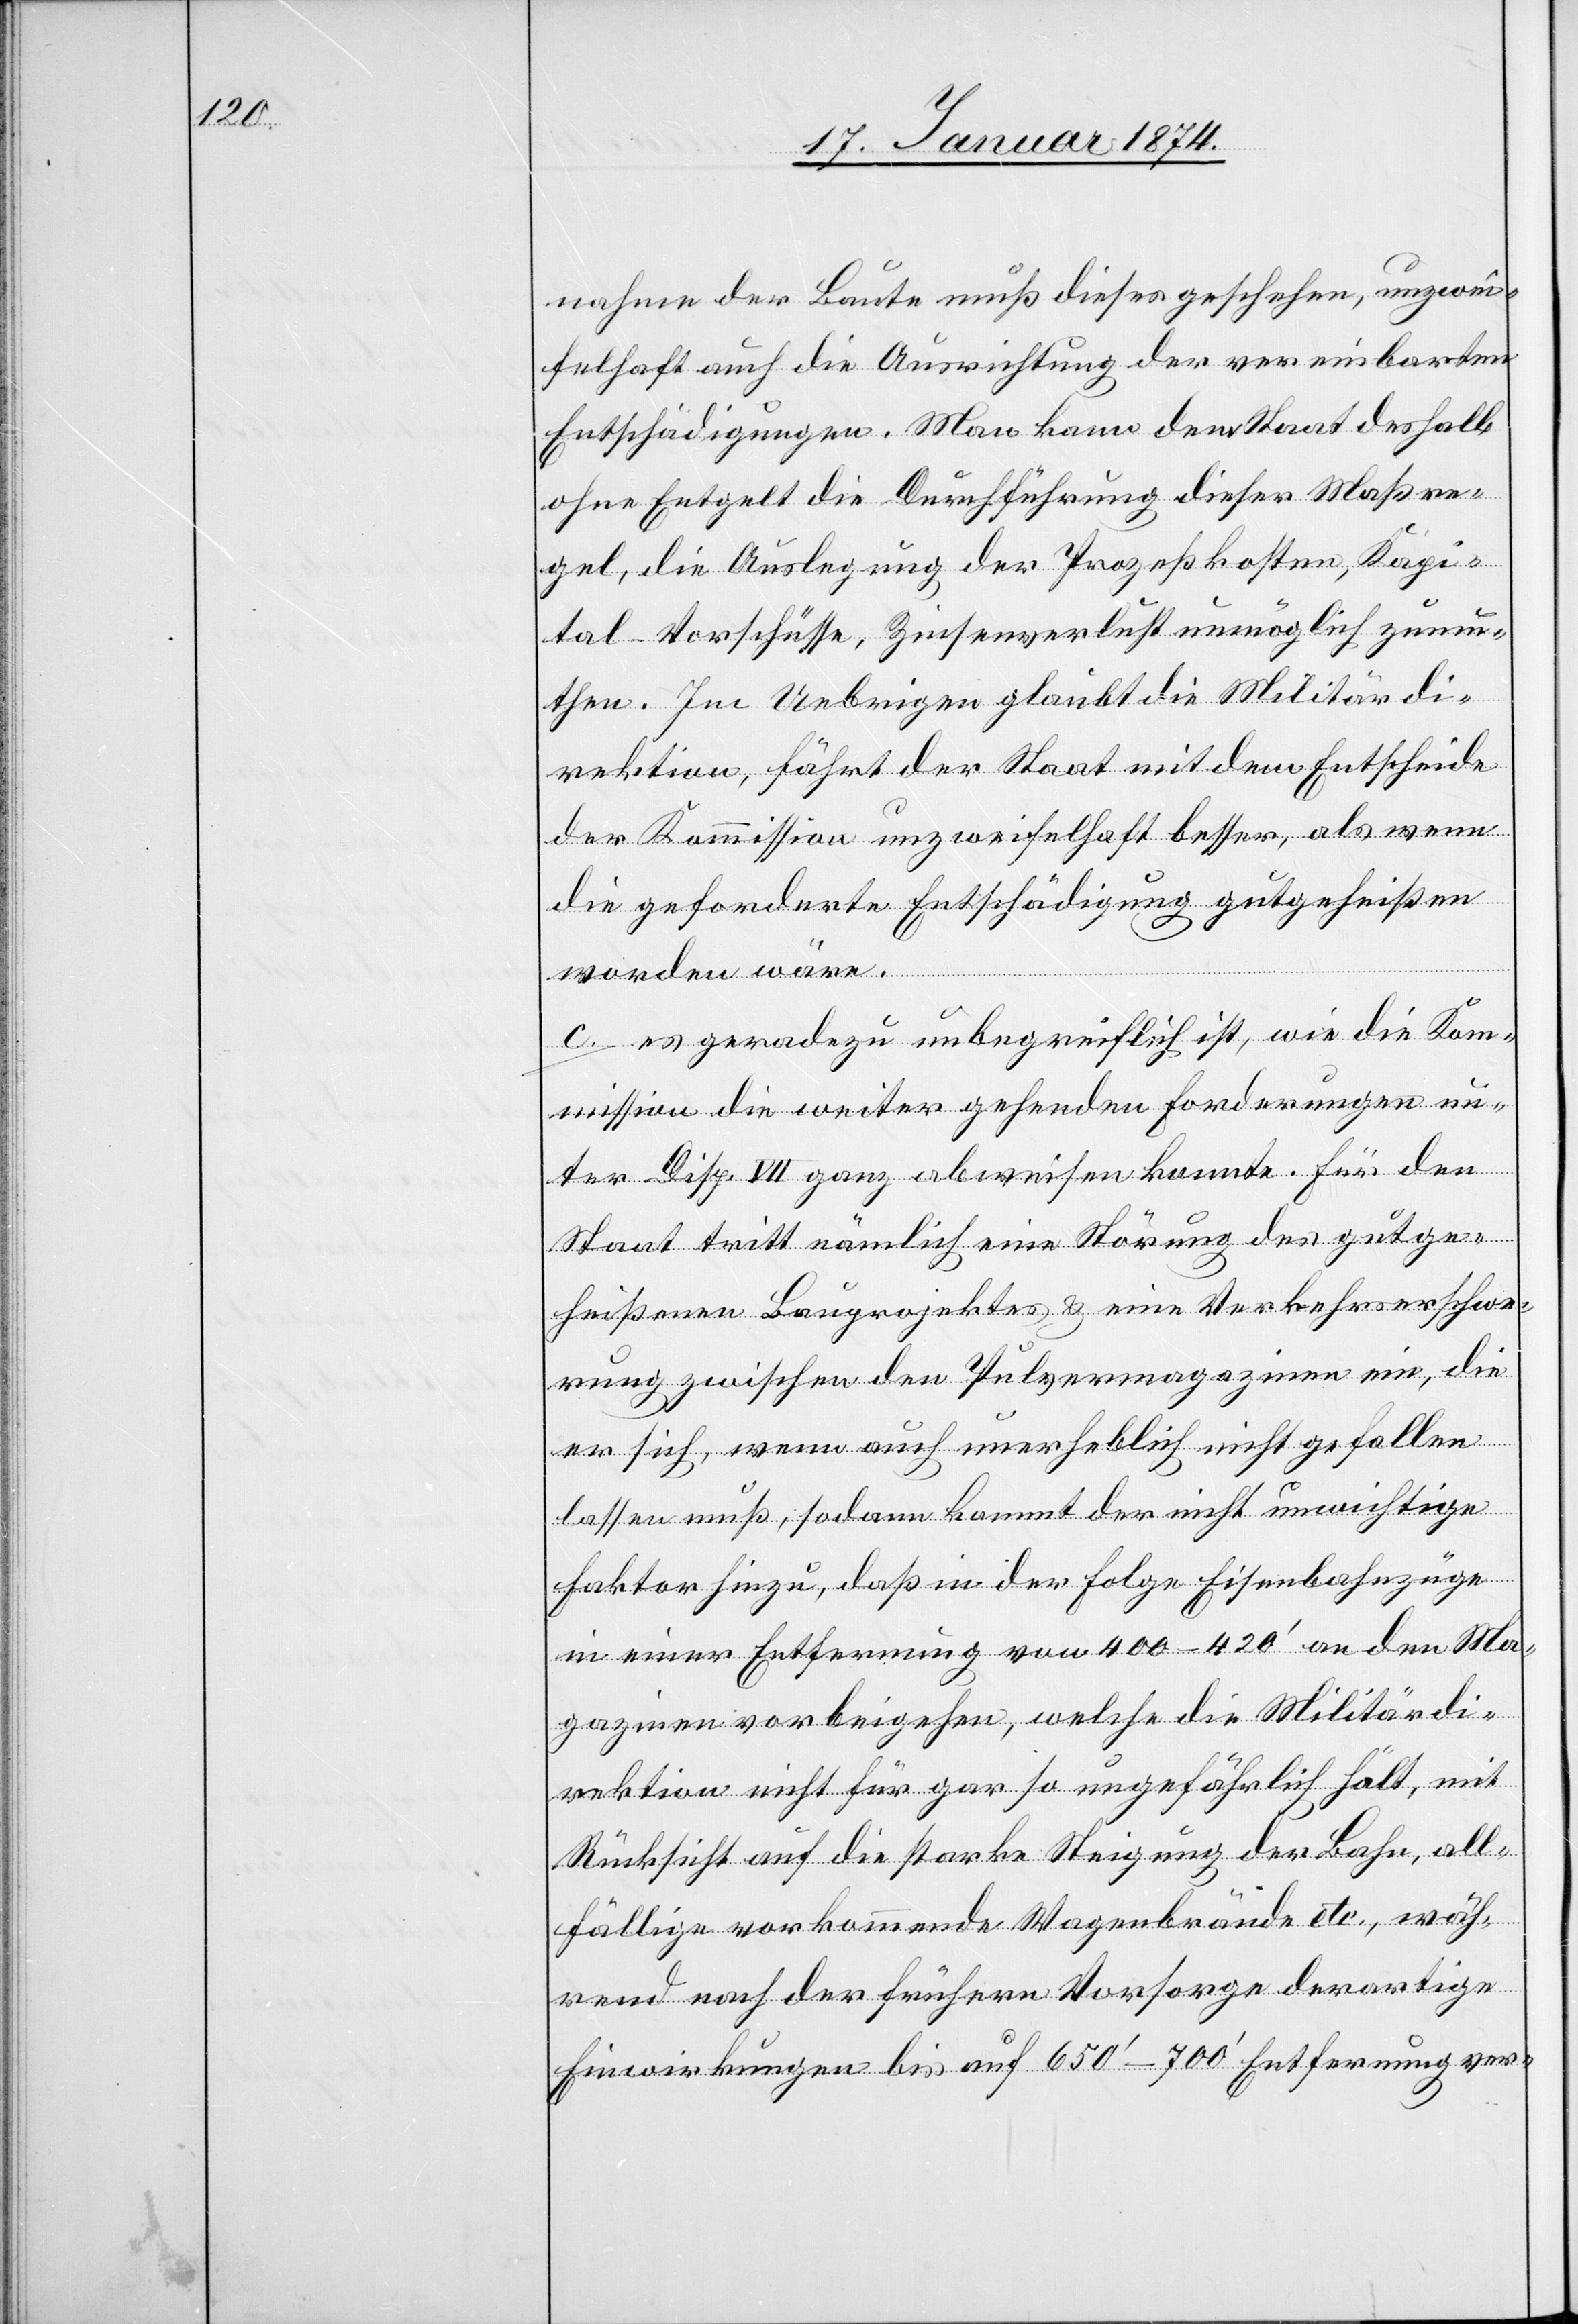
nahme der Baute muß dieses geschehen, unzwei¬
felhaft auch die Ausrichtung der vereinbarten
Entschädigungen. Man kann dem Staat deshalb
ohne Entgelt die Durchführung dieser Maßre¬
gel, die Auslegung der Prozeßkosten, Kapi¬
tal-Vorschüsse, Zinsenverlust unmöglich zumu¬
then. Im Uebrigen glaubt die Militärdi¬
rektion, fährt der Staat mit dem Entscheide
der Kommission unzweifelhaft besser, als wenn
die geforderte Entschädigung gutgeheißen
worden wäre.
c. es geradezu unbegreiflich ist, wie die Kom¬
mission die weiter gehenden Forderungen un¬
ter Disp. VII ganz abweisen konnte. Für den
Staat tritt nämlich eine Störung des gutge¬
heißenen Bauprojektes & eine Verkehrserschwe¬
rung zwischen den Pulvermagazinen ein, die
er sich, wenn auch unerheblich nicht gefallen
lassen muß, sodann kommt der nicht unwichtige
Faktor hinzu, daß in der Folge Eisenbahnzüge
in einer Entfernung von 400–420‘ an den Ma¬
gazinen vorbeigehen, welche die Militärdi¬
rektion nicht für gar so ungefährlich hält, mit
Rücksicht auf die starke Steigung der Bahn, all¬
fällige vorkommende Wagenbrände etc., wäh¬
rend nach der früheren Vorsorge derartige
Einwirkungen bis auf 650‘–700‘ Entfernung ver-